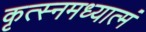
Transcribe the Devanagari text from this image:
कृत्स्नमध्यात्मं